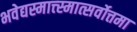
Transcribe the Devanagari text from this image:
भवेद्यस्मात्त्स्मात्सर्वोत्तमा